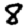
Digit: 8